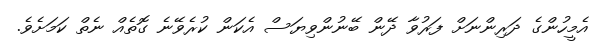
އެމީހުންގެ ދަރިންނަށް ފަރުވާ ދޭން ބޭނުންވިޔަސް އެކަން ކުރެވޭނެ ގޮތެއް ނެތް ކަމަށެވެ.